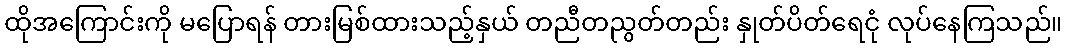
ထိုအကြောင်းကို မပြောရန် တားမြစ်ထားသည့်နှယ် တညီတညွတ်တည်း နှုတ်ပိတ်ရေငုံ လုပ်နေကြသည်။